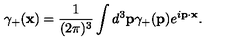
\gamma _ { + } ( { \bf x } ) = \frac { 1 } { ( 2 \pi ) ^ { 3 } } \int d ^ { 3 } { \bf p } \gamma _ { + } ( { \bf p } ) e ^ { i { \bf p } \cdot { \bf x } } .